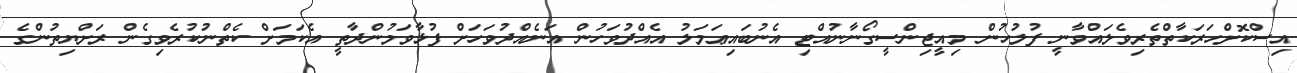
އިސްކޮށްހަރަކާތްތެރިވެލައްވާނީ ފުުލުހުން މިއީޖިންސީގޯނާނުއްޓި އެނުބައިޢަމަލު އެއްދުވަހުން އަނެއްދުވަހަށް ފުޅާވަމުންދާތީ އެކަމަށް ކެތްނުކުރެވިގެން ރަށްޔިތުންގެ